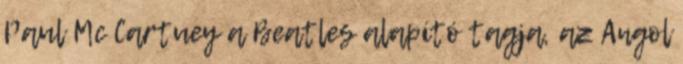
Paul Mc Cartuey a Beatles alapító tagja, az Angol